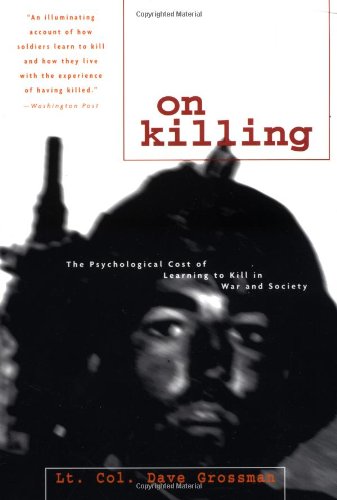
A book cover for On Killing: The Psychological Cost of Learning to Kill in War and Society; Dave Grossman; Politics & Social Sciences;